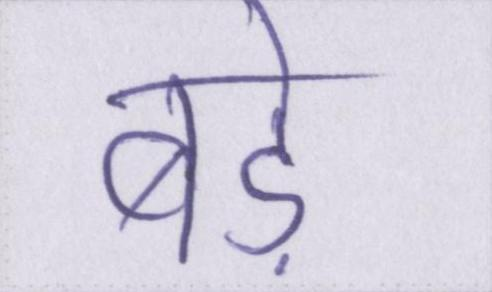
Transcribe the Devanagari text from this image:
बडे़